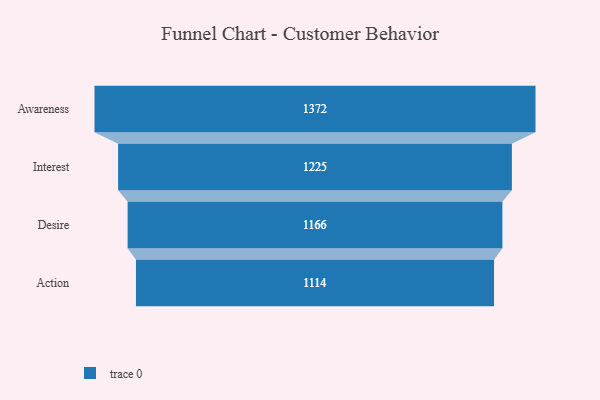
{"axis": {"x": "Stage", "y": "Value"}, "legend": [""], "data": [{"x": "Awareness", "y": 1372.0, "type": ""}, {"x": "Interest", "y": 1225.0, "type": ""}, {"x": "Desire", "y": 1166.0, "type": ""}, {"x": "Action", "y": 1114.0, "type": ""}]}